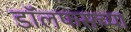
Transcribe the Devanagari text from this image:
डॉलफसच्या